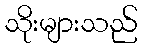
သိုးများသည်